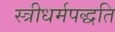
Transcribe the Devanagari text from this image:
स्त्रीधर्मपद्धति